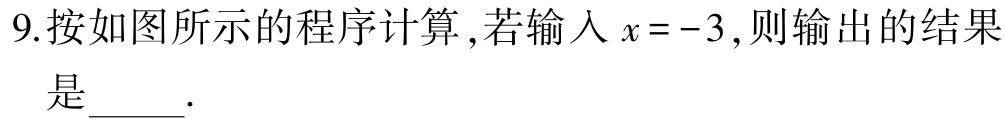
9.按如图所示的程序计算 ,若输入\(x = -3\),则输出的结果是_____.